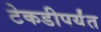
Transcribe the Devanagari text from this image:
टेकडीपर्यंत